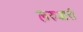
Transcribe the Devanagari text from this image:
लरुआरी